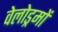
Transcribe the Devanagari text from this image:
वेलोड्रमों